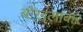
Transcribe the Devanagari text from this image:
बौखलाकर